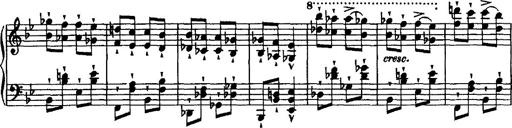
Title: Grande valse di bravura
Composer: Franz Liszt